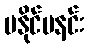
မနိုင်မနင်း